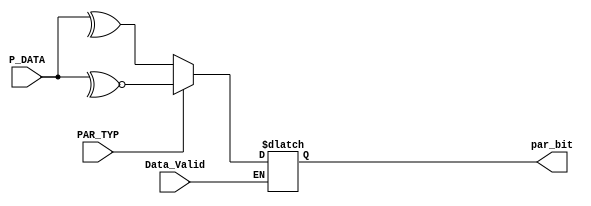
module parityCalc_block #(parameter IN_DATA_WIDTH=8)(
input wire [IN_DATA_WIDTH-1:0] P_DATA,
input wire Data_Valid,
input wire PAR_TYP,
output reg par_bit
);
always @(*)
begin
 if(Data_Valid)
  begin
   if(PAR_TYP==1'b0)
    par_bit<=(^P_DATA);
   else
    par_bit<=(~^P_DATA);
  end
 else
    par_bit<=par_bit;
end
endmodule